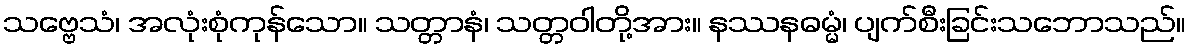
သဗ္ဗေသံ၊ အလုံးစုံကုန်သော။ သတ္တာနံ၊ သတ္တဝါတို့အား။ နဿနဓမ္မံ၊ ပျက်စီးခြင်းသဘောသည်။